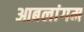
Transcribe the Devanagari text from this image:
आबलांगम